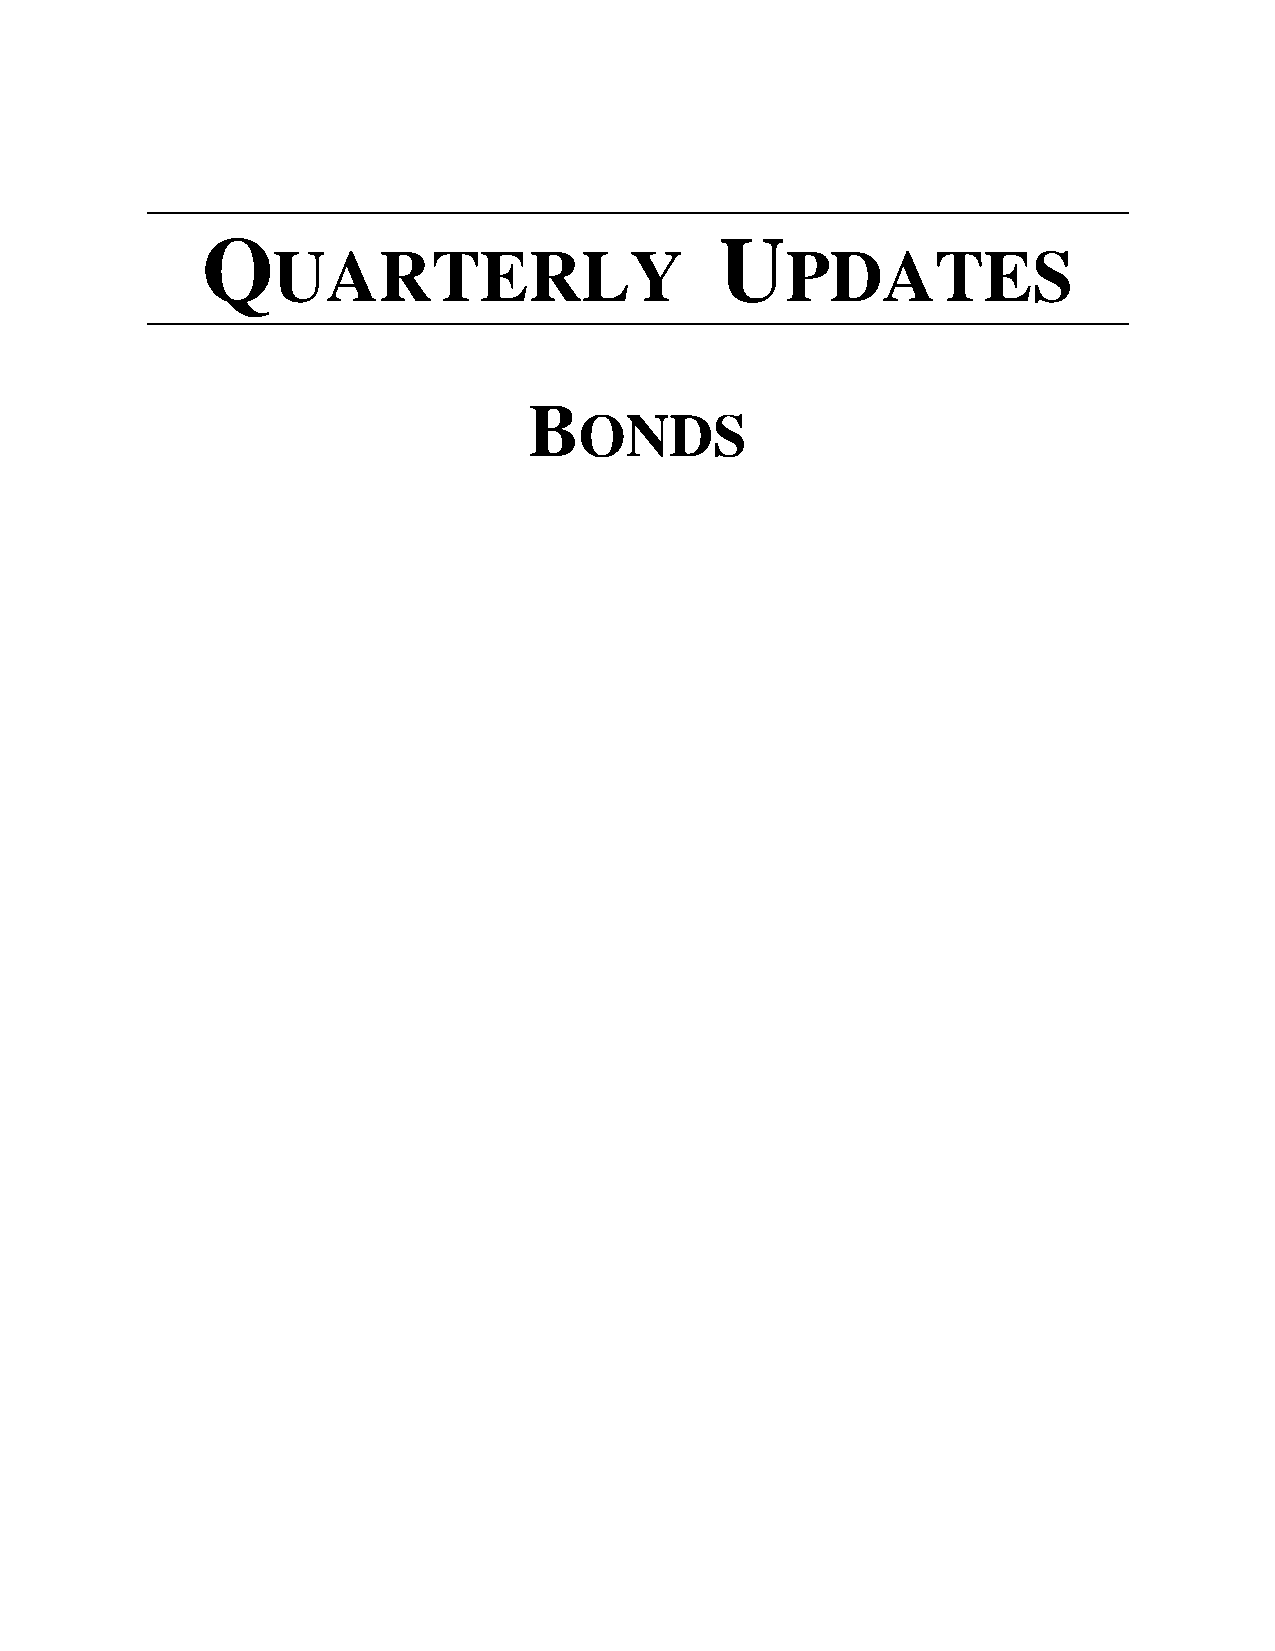
Q                                  U
 UARTERLY                          PDATES
 B
 ONDS